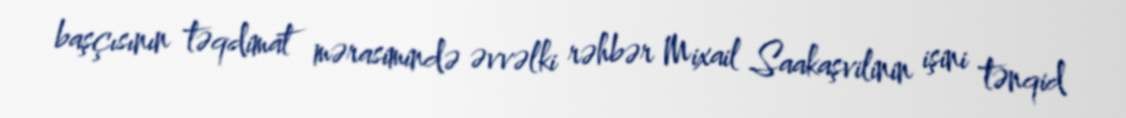
başçısının təqdimat mərasimində əvvəlki rəhbər Mixail Saakaşvilinin işini tənqid